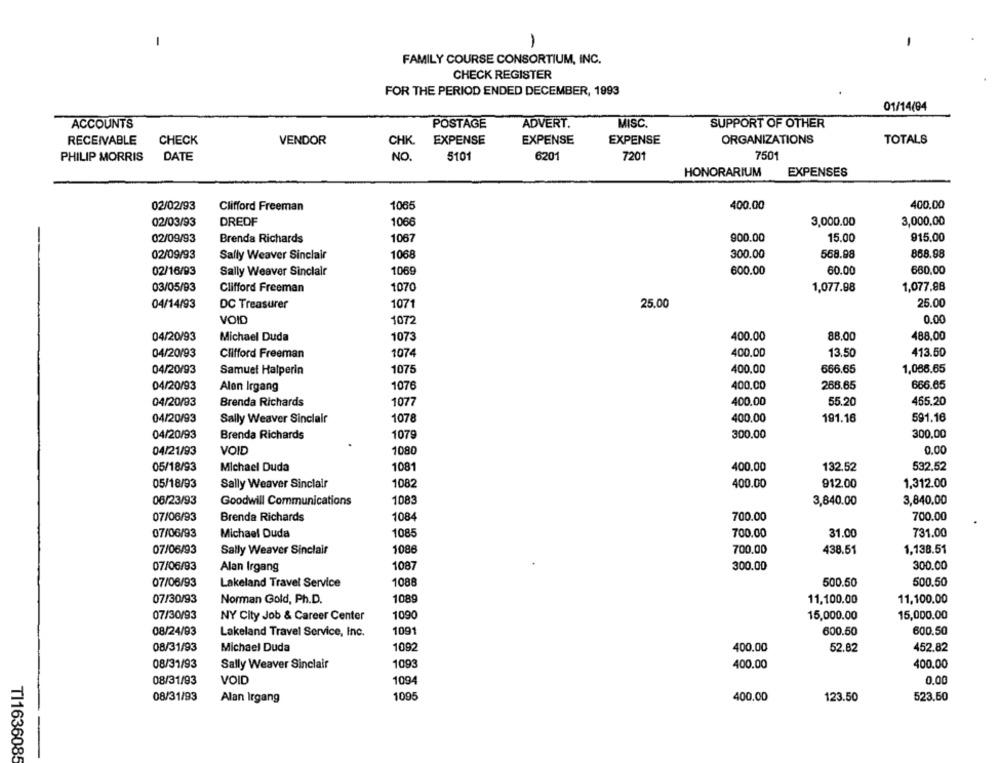
1
FAMILY COURSE CONSORTIUM, INC.
CHECK REGISTER
FOR THE PERIOD ENDED DECEMBER, 1993
01/14(94
MISC.
ACCOUNTS
POSTAGE
ADVERT.
SUPPORT OF OTHER
RECEIVABLE
CHECK
VENDOR
CHK
EXPENSE
EXPENSE
EXPENSE
ORGANIZATIONS
TOTALS
PHILIP MORRIS
DATE
NO.
5101
6201
7201
750
HONORARIUM
EXPENSES
02/02/93
Clifford Freeman
1065
400.00
400.00
02/03/93
DREOF
3,000,00
1066
3,000.00
915.00
02/09/93
Brenda Richards
1067
900.00
15.00
02/09/93
Sally Weaver Sinclair
1068
300.00
568.98
868.98
02/16/93
Sally Weaver Sinclair
1069
600.00
60.00
660.00
03/05/93
Clifford Freeman
1070
1,077.98
1,077.88
04/14/93
DC Treasurer
1071
25.00
25.00
VOID
1072
0.00
04/20/93
400.00
88.00
488.00
Michael Duda
1073
413.50
04/20/93
Clifford Freeman
1074
400.00
13.50
04/20/93
Samuel Halperin
1075
400.00
666.65
1,086.65
04/20/93
Alen Irgang
1076
400.00
268.65
666.65
04/20/93
Brenda Richards
1077
400.00
55.20
465.20
04/20/93
Sally Weaver Sinclair
1078
400.00
191.16
591.16
04/20/93
Brenda Richards
1079
300.00
300,00
04/21/93
VOID
1080
0.00
132.52
05/18/93
Michael Duda
1081
400.00
532.52
05/18/93
Sally Weaver Sinclair
1082
400.00
912.00
1,312.00
06/23/93
Goodwill Communications
1083
3,840.00
3,840.00
07/06/93
Brenda Richards
1084
700.00
700.00
07/06/93
Michael Duda
1085
700.00
31.00
731.00
07/06/93
Sally Weaver Sinclair
1086
700.00
1,138.51
438.51
300.00
07/06/93
Alan Irgang
1087
300.00
07/06/93
Lakeland Travel Service
1088
500.50
500.50
07/30/93
Norman Gold, Ph.D.
1089
11,100.00
11,100.00
07/30/93
NY City Job & Career Center
1090
15,000.00
15,000.00
08/24/93
Lakeland Travel Service, Inc.
1091
600.50
600.50
08/31/93
Michael Duda
1092
400,00
52.82
452.82
08/31/93
1093
400.00
400.00
Sally Weaver Sinclair
08/31/93
0.00
VOID
1094
08/31/93
Alan Irgang
1095
400.00
123.50
523.50
TI1636085